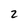
Character: 2